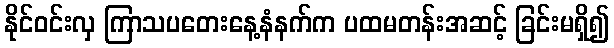
နိုင်ဝင်းလှ ကြာသပတေးနေ့နံနက်က ပထမတန်းအဆင့် ခြင်းမရှိ၍